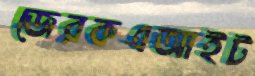
জেরকএআইট